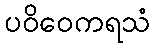
ပဝိဝေကရသံ